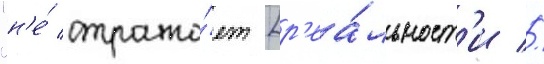
"н'е́ отража́ет [р'еа́льност'и //